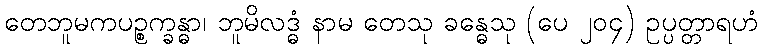
တေဘူမကပဉ္စက္ခန္ဓာ၊ ဘူမိလဒ္ဓံ နာမ တေသု ခန္ဓေသု (ပေ ၂၀၄) ဥပ္ပတ္တာရဟံ